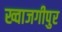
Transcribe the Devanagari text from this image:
ख्वाजगीपुर